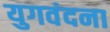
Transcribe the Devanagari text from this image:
युगवंदना